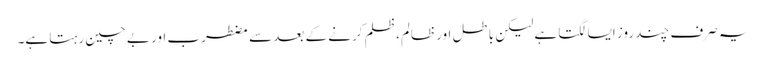
یہ صرف چند روز ایسا لگتا ہے لیکن باطل اور ظالم، ظلم کرنے کے بعد سے مضطرب اور بے چین رہتا ہے۔